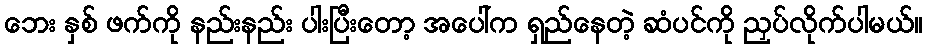
ဘေး နှစ် ဖက်ကို နည်းနည်း ပါးပြီးတော့ အပေါ်က ရှည်နေတဲ့ ဆံပင်ကို ညှပ်လိုက်ပါမယ်။